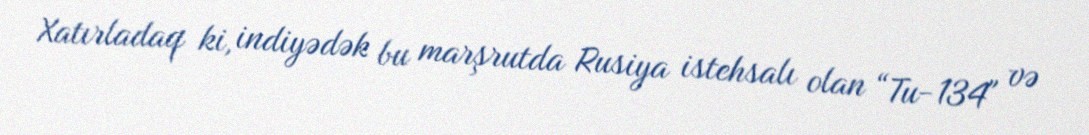
Xatırladaq ki, indiyədək bu marşrutda Rusiya istehsalı olan “Tu-134" və